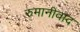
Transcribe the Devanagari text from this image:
रुमानीवाद